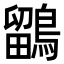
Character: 鶹